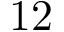
1 2